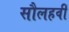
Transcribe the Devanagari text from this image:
सौलहवीं